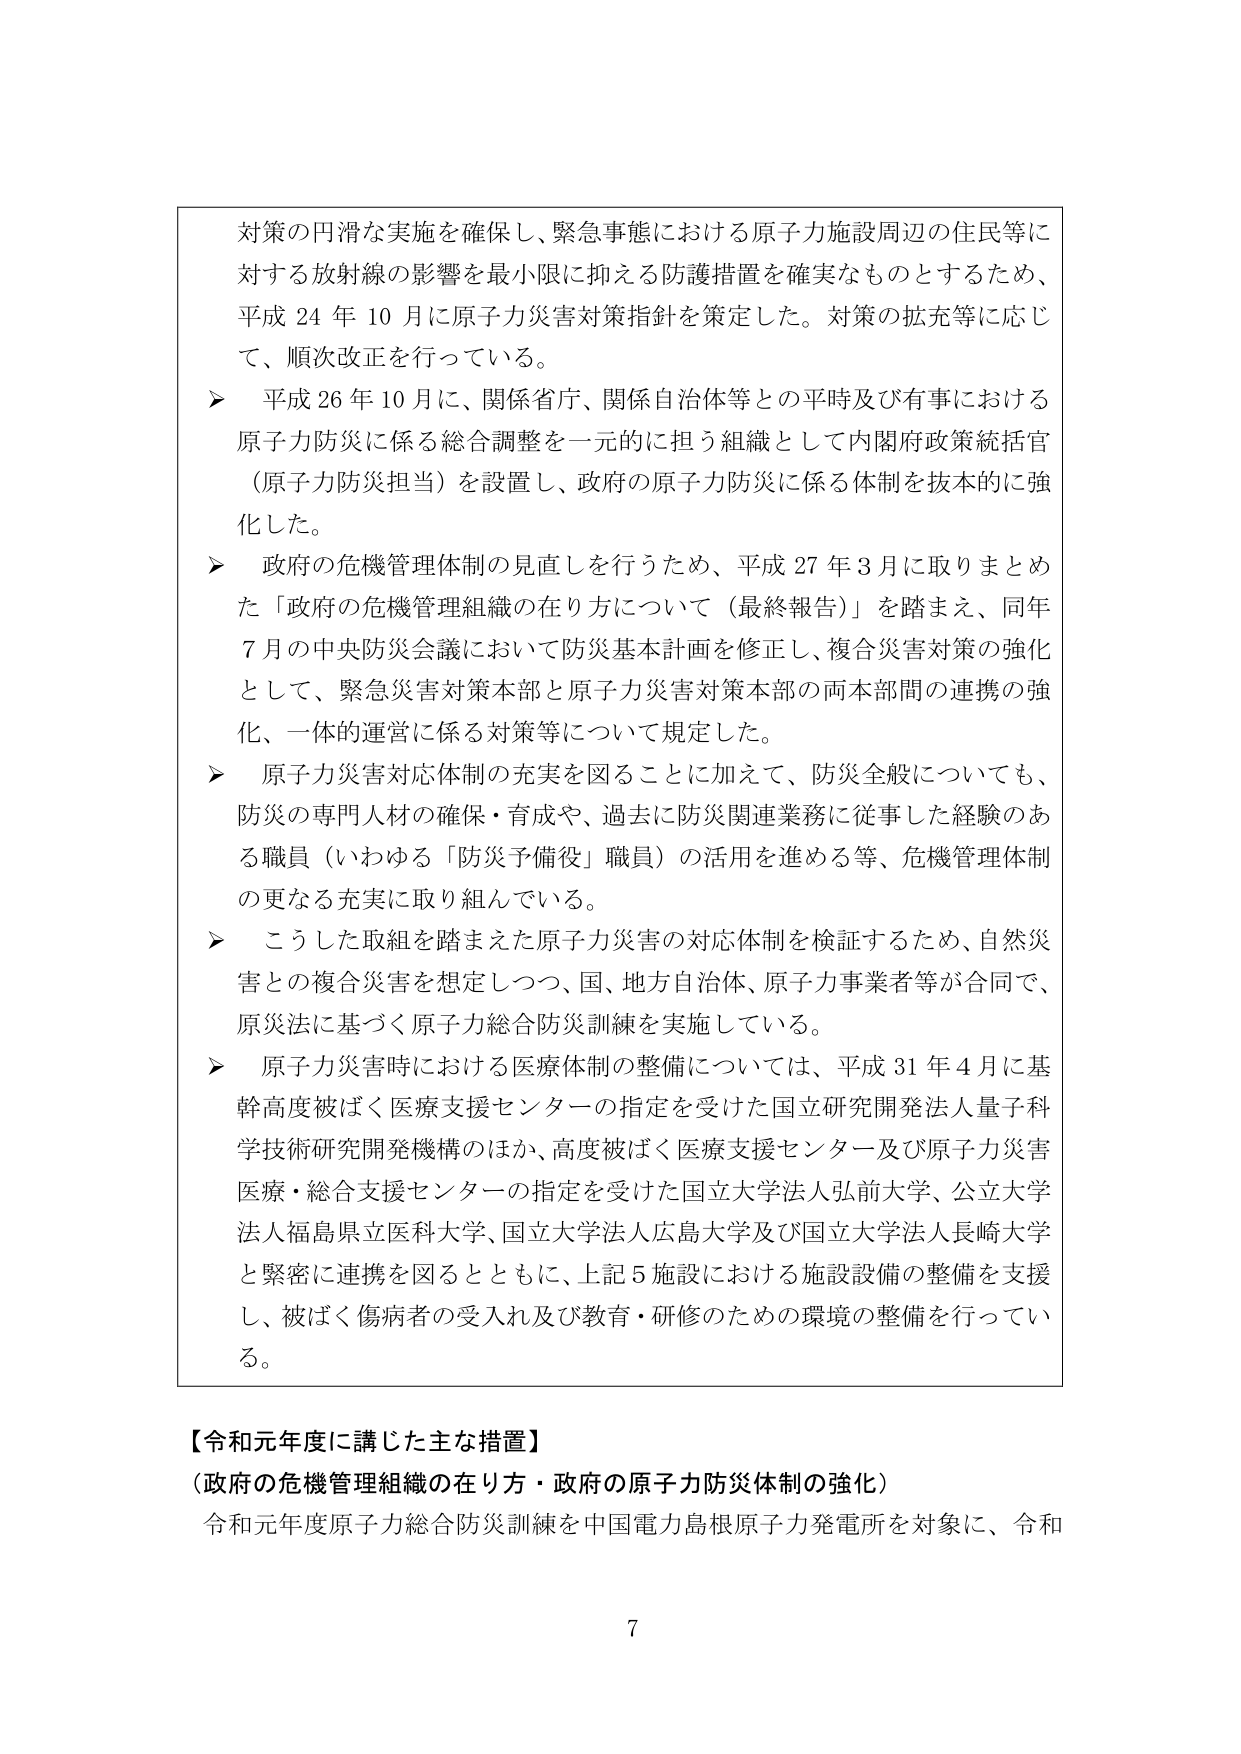
対策の円滑な実施を確保し、緊急事態における原子力施設周辺の住民等に対する放射線の影響を最小限に抑える防護措置を確実なものとするため、平成24年10月に原子力災害対策指針を策定した。対策の拡充等に応じて、順次改正を行っている。

➤ 平成26年10月に、関係省庁、関係自治体等との平時及び有事における原子力防災に係る総合調整を一元的に担う組織として内閣府政策統括官（原子力防災担当）を設置し、政府の原子力防災に係る体制を抜本的に強化した。

➤ 政府の危機管理体制の見直しを行うため、平成27年3月に取りまとめた「政府の危機管理組織の在り方について（最終報告）」を踏まえ、同年7月の中央防災会議において防災基本計画を修正し、複合災害対策の強化として、緊急災害対策本部と原子力災害対策本部の両本部間の連携の強化、一体的運営に係る対策等について規定した。

➤ 原子力災害対応体制の充実を図ることに加えて、防災全般についても、防災の専門人材の確保・育成や、過去に防災関連業務に従事した経験のある職員（いわゆる「防災予備役」職員）の活用を進める等、危機管理体制の更なる充実に取り組んでいる。

➤ こうした取組を踏まえた原子力災害の対応体制を検証するため、自然災害との複合災害を想定しつつ、国、地方自治体、原子力事業者等が合同で、原災法に基づく原子力総合防災訓練を実施している。

➤ 原子力災害時における医療体制の整備については、平成31年4月に基幹高度被ばく医療支援センターの指定を受けた国立研究開発法人量子科学技術研究開発機構のほか、高度被ばく医療支援センター及び原子力災害医療・総合支援センターの指定を受けた国立大学法人弘前大学、公立大学法人福島県立医科大学、国立大学法人広島大学及び国立大学法人長崎大学と緊密に連携を図るとともに、上記5施設における施設設備の整備を支援し、被ばく傷病者の受入れ及び教育・研修のための環境の整備を行っている。

【令和元年度に講じた主な措置】
（政府の危機管理組織の在り方・政府の原子力防災体制の強化）
令和元年度原子力総合防災訓練を中国電力島根原子力発電所を対象に、令和

7